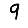
Digit: 9